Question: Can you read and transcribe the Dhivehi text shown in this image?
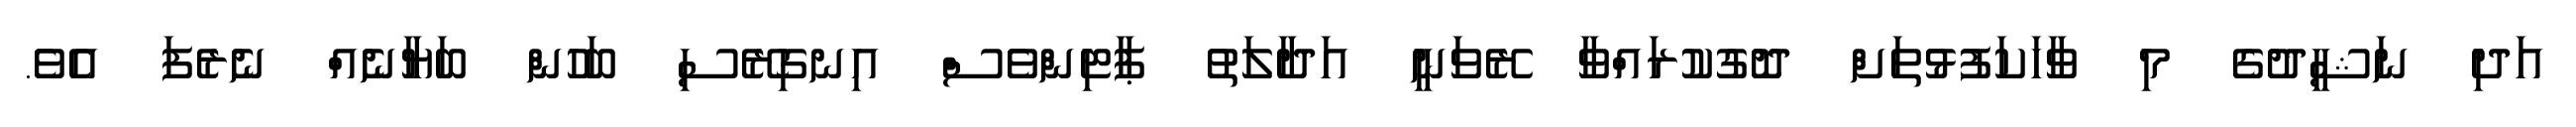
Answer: އަދި ނަޝީދުގެ މި ވާހަކަފުޅުތަށް ދޮގުކުރައްވާ ރޭވަނީ އަދާލަތު ޕާޓިންވެސް އިނގިރޭސި ބަހުން ބަޔާނެއް ނެރެފަ އެވެ.